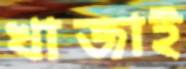
খাজাই